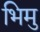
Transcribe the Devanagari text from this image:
भिमु